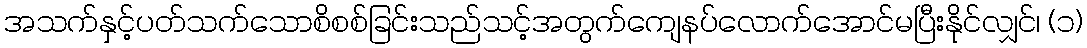
အသက်နှင့်ပတ်သက်သောစိစစ်ခြင်းသည်သင့်အတွက်ကျေနပ်လောက်အောင်မပြီးနိုင်လျှင်၊ (၁)